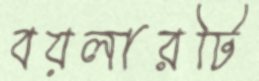
বয়লারটি